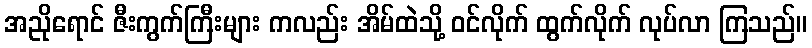
အညိုရောင် ဇီးကွက်ကြီးများ ကလည်း အိမ်ထဲသို့ ဝင်လိုက် ထွက်လိုက် လုပ်လာ ကြသည်။